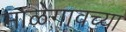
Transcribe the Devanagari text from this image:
माळेगावच्या